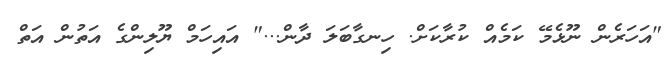
"އަހަރެން ނޫޅެމޭ ކަމެއް ކުރާކަށް. ހިނގާބަލަ ދާން..." އައިހަމް ޔޫލިންގެ އަތުން އަތް